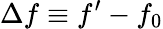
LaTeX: \Delta{}f\equiv{}f^{\prime}-f_{0}